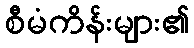
စီမံကိန်းများ၏